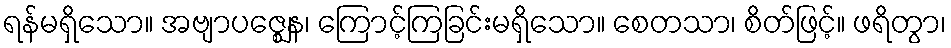
ရန်မရှိသော။ အဗျာပဇ္ဈေန၊ ကြောင့်ကြခြင်းမရှိသော။ စေတသာ၊ စိတ်ဖြင့်။ ဖရိတွာ၊